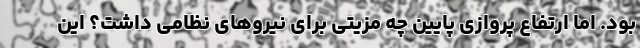
بود. اما ارتفاع پروازی پایین چه مزیتی برای نیروهای نظامی داشت؟ این